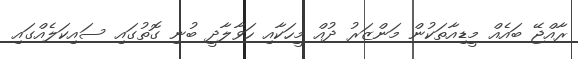
ރާއްޖޭ ބައެއް މީޑިއާތަކުން މަންޒަރު ދުއް މީހަކާއި ހަވާލާދީ ބުނި ގޮތުގައި ސައިކަލެއްގައި